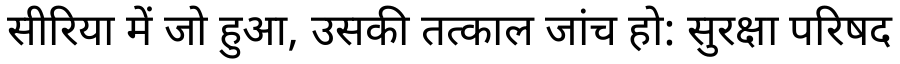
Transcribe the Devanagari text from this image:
सीरिया में जो हुआ, उसकी तत्काल जांच हो: सुरक्षा परिषद